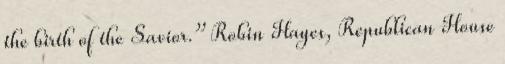
the birth of the Savior.” Robin Hayes, Republican House